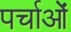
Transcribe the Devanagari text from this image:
पर्चाओं